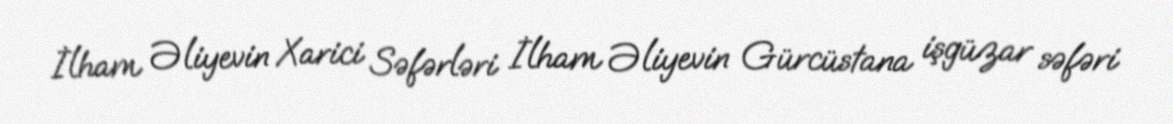
İlham Əliyevin Xarici Səfərləri İlham Əliyevin Gürcüstana işgüzar səfəri